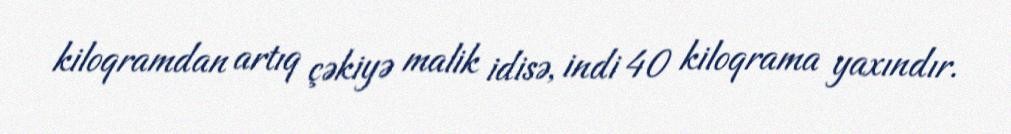
kiloqramdan artıq çəkiyə malik idisə, indi 40 kiloqrama yaxındır.